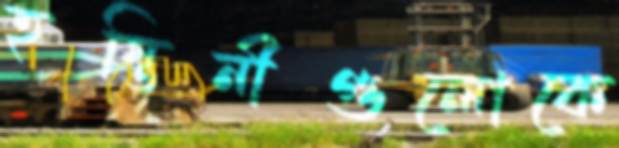
হস্তিনীগুলোকে